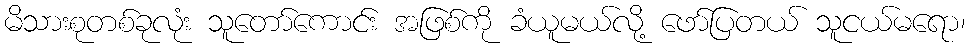
မိသားစုတစ်ခုလုံး သူတော်ကောင်း အဖြစ်ကို ခံယူမယ်လို့ ဖော်ပြတယ် သူငယ်မရော၊